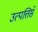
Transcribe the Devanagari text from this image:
उत्पत्तिसे